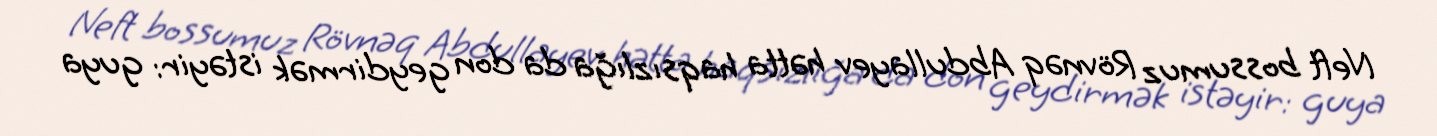
Neft bossumuz Rövnəq Abdullayev hətta haqsızlığa da don geydirmək istəyir: guya